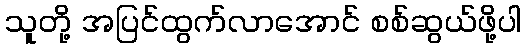
သူတို့ အပြင်ထွက်လာအောင် စစ်ဆွယ်ဖို့ပါ